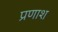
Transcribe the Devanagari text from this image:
प्रणाश